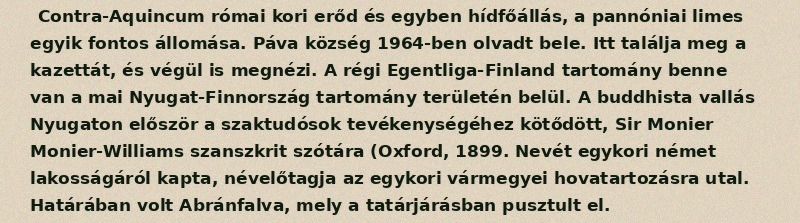
Contra-Aquincum római kori erőd és egyben hídfőállás, a pannóniai limes egyik fontos állomása. Páva község 1964-ben olvadt bele. Itt találja meg a kazettát, és végül is megnézi. A régi Egentliga-Finland tartomány benne van a mai Nyugat-Finnország tartomány területén belül. A buddhista vallás Nyugaton először a szaktudósok tevékenységéhez kötődött, Sir Monier Monier-Williams szanszkrit szótára (Oxford, 1899. Nevét egykori német lakosságáról kapta, névelőtagja az egykori vármegyei hovatartozásra utal. Határában volt Abránfalva, mely a tatárjárásban pusztult el.